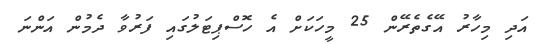
އަދި މިހާރު އޭގެތެރޭން 25 މީހަކަށް އެ ހޮސްޕިޓަލުގައި ފަރުވާ ދެމުން އަންނަ